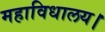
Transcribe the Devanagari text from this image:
महाविधालय।